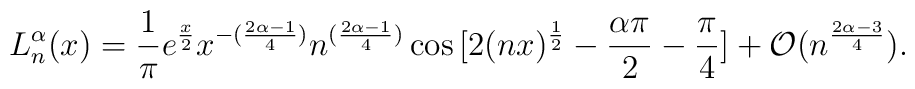
L^{\alpha}_{n}(x)=\frac{1}{\pi} e^{\frac{x}{2}}x^{-(\frac{2\alpha-1}{4})} n^{(\frac{2\alpha-1}{4})}\cos\big[2(nx)^{\frac{1}{2}}-\frac{\alpha \pi}{2}-\frac{\pi}{4}\big]+\mathcal{O}( n^{\frac{2\alpha-3}{4}}).